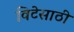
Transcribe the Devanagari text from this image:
विटेसाठी